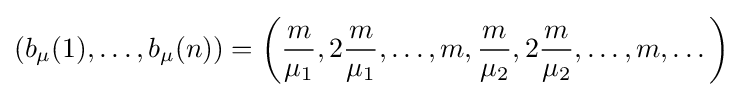
\left(b_{\mu }(1),\dots ,b_{\mu }(n)\right)=\left({\frac {m}{\mu _{1}}},2{\frac {m}{\mu _{1}}},\dots ,m,{\frac {m}{\mu _{2}}},2{\frac {m}{\mu _{2}}},\dots ,m,\dots \right)